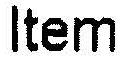
ITEM